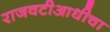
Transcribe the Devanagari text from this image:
राजवटीआधीचा